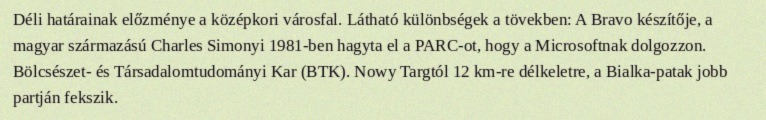
Déli határainak előzménye a középkori városfal. Látható különbségek a tövekben: A Bravo készítője, a magyar származású Charles Simonyi 1981-ben hagyta el a PARC-ot, hogy a Microsoftnak dolgozzon. Bölcsészet- és Társadalomtudományi Kar (BTK). Nowy Targtól 12 km-re délkeletre, a Bialka-patak jobb partján fekszik.